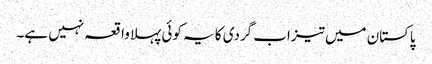
پاکستان میں تیزاب گردی کا یہ کوئی پہلا واقعہ نہیں ہے۔